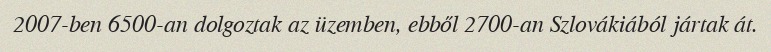
2007-ben 6500-an dolgoztak az üzemben, ebből 2700-an Szlovákiából jártak át.